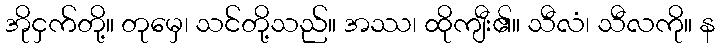
အိုငှက်တို့။ တုမှေ၊ သင်တို့သည်။ အဿ၊ ထိုကျီး၏။ သီလံ၊ သီလကို။ န